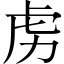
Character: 虏